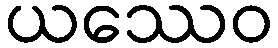
ယဿေဝ